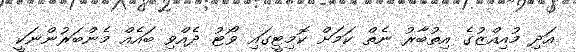
އަދި މުއިއްޒުގެ އިތުބާރު ނެތް ކަމަށް ކޮމިޓީގައި ވޯޓު ދެއްވި ބައެއް މެންބަރުންނަކީ